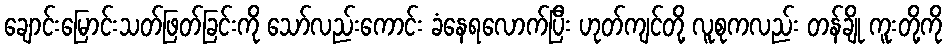
ချောင်းမြောင်းသတ်ဖြတ်ခြင်းကို သော်လည်းကောင်း ခံနေရလောက်ပြီး ဟုတ်ကျင်တို့ လူစုကလည်း တန်ချို ကူးတို့ကို